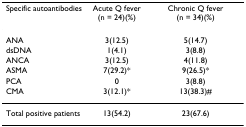
| Specific autoantibodies | Acute Q fever (n = 24)(%) | Chronic Q fever (n = 34)(%) |
 | --- | --- | --- |
 | ANA | 3(12.5) | 5(14.7) |
 | dsDNA | 1(4.1) | 3(8.8) |
 | ANCA | 3(12.5) | 4(11.8) |
 | ASMA | 7(29.2)* | 9(26.5)* |
 | PCA | 0 | 3(8.8) |
 | CMA | 3(12.1)* | 13(38.3)# |
 | Total positive patients | 13(54.2) | 23(67.6) |